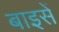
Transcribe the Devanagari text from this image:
बाइसें